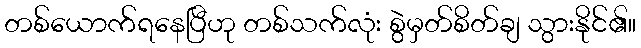
တစ်ယောက်ရနေပြီဟု တစ်သက်လုံး စွဲမှတ်စိတ်ချ သွားနိုင်၏။